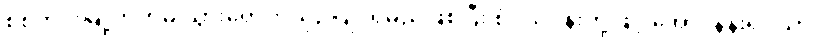
စစ်ကိုင်းမြို့ဘက်မှ သွားရောက်ယှဉ်ပြိုင်ရမည်ဖြစ်ပြီး စံပယ်ပန်းတို့ဖြင့် အောင်နန်းရိပ်သာ